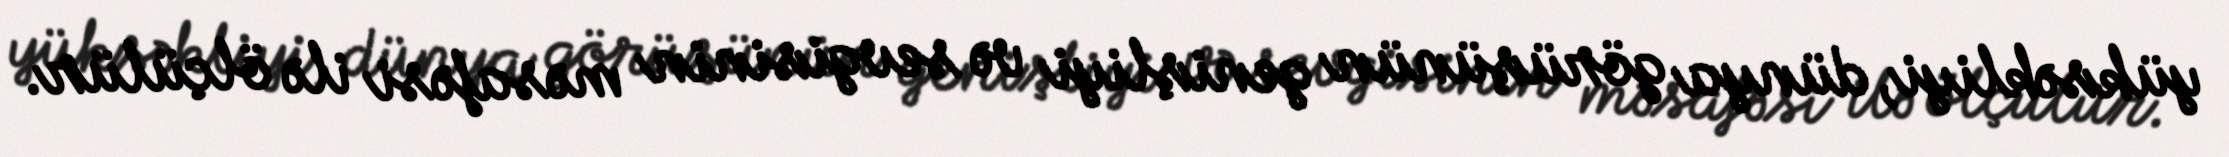
yüksəkliyi, dünya görüşünün genişliyi və sevgisinin məsafəsi ilə ölçülür.